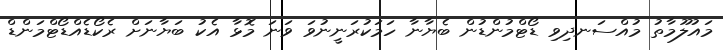
މައުލޫމާތު މުއްސަނދިވި ޑޯޓްމުންޑުން ބެޔާނާ ހަމަކުރަނީނުވަ ވަނަ މޮޅާ އެކު ބަޔާނަށް ރެކޯޑެއްޑޯޓްމަންޑް